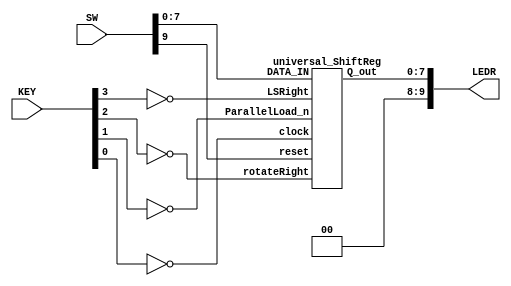
`timescale 1ns / 1ns // `timescale time_unit/time_precision


/* top-level module */
module lab4Part3 (input [9:0] SW, input [3:0] KEY, output [9:0] LEDR);

				assign LEDR[9:8] = 2'b00; // LEDR[9] and LEDR[8] are off
				wire [7:0] Q_reg; // carries the register output
				
				/* 
				 * SW[7:0] is the data input bus
				 * SW[9] is the reset
				 * SW[8] is a non-input for any function
				 * KEY[0] is the clock signal
				 * KEY[1] is the parallel load input mode
				 * KEY[2] is the rotate right mode
				 * KEY[3] is the logical shift right mode				 
				 * LEDR[7:0] is the register output bus
				 */
				 
				 universal_ShiftReg U1 (.DATA_IN(SW[7:0]), .LSRight(~KEY[3]), .rotateRight(~KEY[2]),
												.ParallelLoad_n(~KEY[1]), .clock(~KEY[0]), 
												.reset(SW[9]), .Q_out(Q_reg));
				 assign LEDR[7:0] = Q_reg;
				 
endmodule // lab4Part3


/* universal shift register */
module universal_ShiftReg (input [7:0] DATA_IN, input LSRight, rotateRight, 
									ParallelLoad_n, clock, reset, output [7:0] Q_out);
				
				wire [7:0] Q; // carries the output of the flip-flops and subsequent connections
				assign Q_out = Q; // assigning outputs of flip-flops to the register output
				
				// instantiation of all 8 flip-flops for the register
				flipFlop F7 (.clock(clock), .reset(reset), .load_n(ParallelLoad_n), 
								.loadLeft(rotateRight), .left(Q[0]), .right(Q[6]), .data(DATA_IN[7]), 
								.LSRight(LSRight), .Q(Q[7])); // flip-flop for bit 7 (MSB)
								
				flipFlop F6 (.clock(clock), .reset(reset), .load_n(ParallelLoad_n), 
								.loadLeft(rotateRight), .left(Q[7]), .right(Q[5]), .data(DATA_IN[6]), 
								.LSRight(1'b0), .Q(Q[6])); // flip-flop for bit 6
								
				flipFlop F5 (.clock(clock), .reset(reset), .load_n(ParallelLoad_n), 
								.loadLeft(rotateRight), .left(Q[6]), .right(Q[4]), .data(DATA_IN[5]), 
								.LSRight(1'b0), .Q(Q[5])); // flip-flop for bit 5
								
				flipFlop F4 (.clock(clock), .reset(reset), .load_n(ParallelLoad_n), 
								.loadLeft(rotateRight), .left(Q[5]), .right(Q[3]), .data(DATA_IN[4]), 
								.LSRight(1'b0), .Q(Q[4])); // flip-flop for bit 4
								
				flipFlop F3 (.clock(clock), .reset(reset), .load_n(ParallelLoad_n), 
								.loadLeft(rotateRight), .left(Q[4]), .right(Q[2]), .data(DATA_IN[3]), 
								.LSRight(1'b0), .Q(Q[3])); // flip-flop for bit 3
								
				flipFlop F2 (.clock(clock), .reset(reset), .load_n(ParallelLoad_n), 
								.loadLeft(rotateRight), .left(Q[3]), .right(Q[1]), .data(DATA_IN[2]), 
								.LSRight(1'b0), .Q(Q[2])); // flip-flop for bit 2
								
				flipFlop F1 (.clock(clock), .reset(reset), .load_n(ParallelLoad_n), 
								.loadLeft(rotateRight), .left(Q[2]), .right(Q[0]), .data(DATA_IN[1]), 
								.LSRight(1'b0), .Q(Q[1])); // flip-flop for bit 1
								
				flipFlop F0 (.clock(clock), .reset(reset), .load_n(ParallelLoad_n), 
								.loadLeft(rotateRight), .left(Q[1]), .right(Q[7]), .data(DATA_IN[0]), 
								.LSRight(1'b0), .Q(Q[0])); // flip-flop for bit 0 (LSB)

endmodule // universal_ShiftReg


/* flip-flop with multiplexers to select input */
module flipFlop (input clock, reset, load_n, data, loadLeft, right, left, 
					LSRight, output reg Q);

				wire R, D;
				
				/*
				 * loadleft = 1 will select left, and right otherwise
				 * load_n = 0 will select data, and output of rotation select otherwise
				*/
				
				mux2to1 M1 (.x(right), .y(left), .sel(loadLeft), .f(R)); // left-right rotate option select
				mux2to1 M2 (.x(data), .y(R), .sel(load_n), .f(D)); // parallel load and rotate select
				
				always @(posedge clock) // triggered on rising edge of the clock signal
				begin
				
					if (reset) // active-high, clock synchronous reset to 0
						Q <= 1'b0;
					else if (LSRight == 1'b1 && loadLeft == 1'b1) // override D during logical shift right
						Q <= 1'b0;
					else
						Q <= D; // if reset and LSRight are 0, flip-flop tracks D
				end

endmodule // flipFlop


/* 2 to 1 multiplexer */
module mux2to1(input x, y, sel, output f);

				assign f = sel ? y : x; // f = y when sel = 1, x otherwise

endmodule // mux2to1